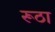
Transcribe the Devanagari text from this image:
रूठा